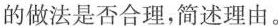
的做法是否合理，简述理由。